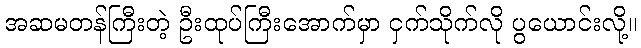
အဆမတန်ကြီးတဲ့ ဦးထုပ်ကြီးအောက်မှာ ငှက်သိုက်လို ပွယောင်းလို့။